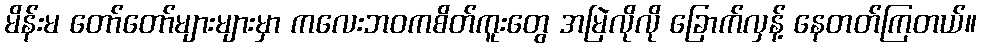
မိန်းမ တော်တော်များများမှာ ကလေးဘဝကစိတ်ကူးတွေ အမြဲလိုလို ခြောက်လှန့် နေတတ်ကြတယ်။